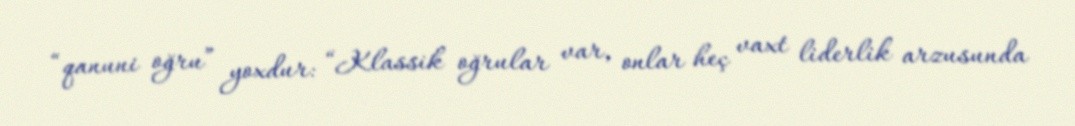
“qanuni oğru” yoxdur: “Klassik oğrular var, onlar heç vaxt liderlik arzusunda